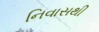
નિવાસથી